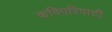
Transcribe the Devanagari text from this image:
कविपरिपाटी